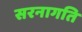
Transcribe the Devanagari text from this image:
सरनागति